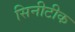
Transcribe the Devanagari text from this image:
सिनीटीक